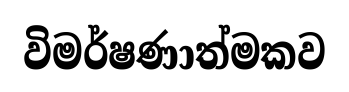
විමර්ෂණාත්මකව